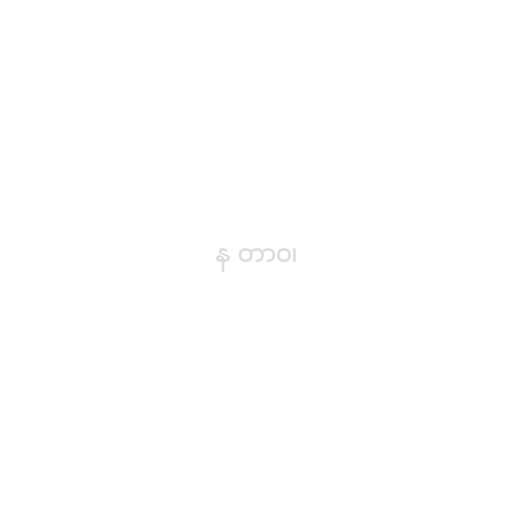
န တာဝ၊